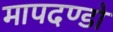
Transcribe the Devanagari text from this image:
मापदण्डो